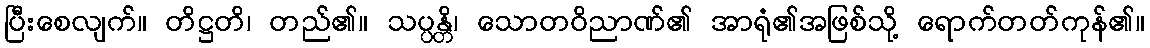
ပြီးစေလျက်။ တိဋ္ဌတိ၊ တည်၏။ သပ္ပန္တိ၊ သောတဝိညာဏ်၏ အာရုံ၏အဖြစ်သို့ ရောက်တတ်ကုန်၏။